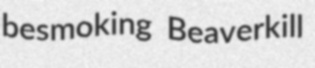
besmoking Beaverkill